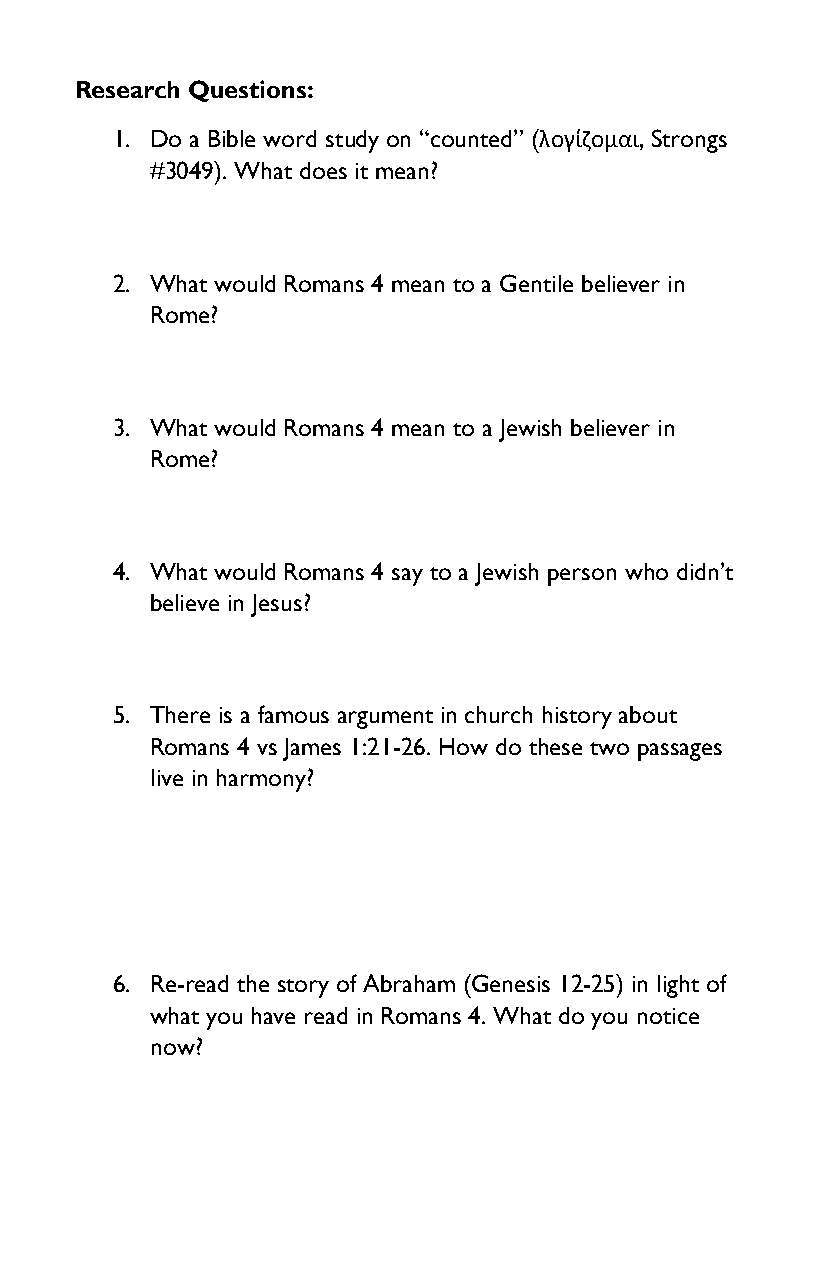
Research Questions:
 1. Do a Bible word study on “counted” (λογίζομαι, Strongs
 #3049). What does it mean?
 2. What would Romans 4 mean to a Gentile believer in
 Rome?
 3. What would Romans 4 mean to a Jewish believer in
 Rome?
 4. What would Romans 4 say to a Jewish person who didn’t
 believe in Jesus?
 5. There is a famous argument in church history about
 Romans 4 vs James 1:21-26. How do these two passages
 live in harmony?
 6. Re-read the story of Abraham (Genesis 12-25) in light of
 what you have read in Romans 4. What do you notice
 now?